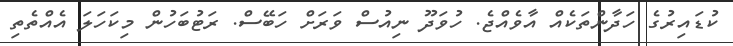
ކުޑައިރުގެ ހަދާންތަކެއް އާވެއްޖެ. ހުވަދޫ ނިއުސް ވަރަށް ހަބޭސް. ރަޓުބަހުން މިކަހަލަ އެއްތެތި